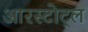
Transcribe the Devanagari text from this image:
आरस्टोट्ल